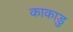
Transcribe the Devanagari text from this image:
काकाडु